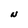
Character: N